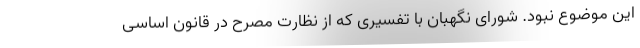
این موضوع نبود. شورای نگهبان با تفسیری که از نظارت مصرح در قانون اساسی